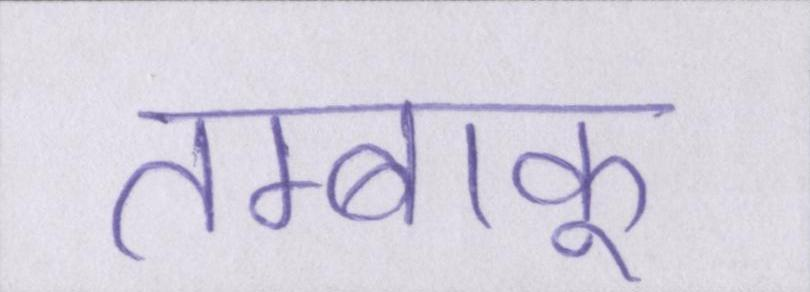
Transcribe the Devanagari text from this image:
तम्बाकू